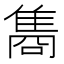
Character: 𮥼